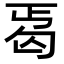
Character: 𠣣